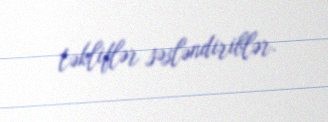
təkliflər səsləndiriblər.